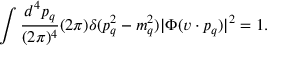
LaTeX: \int { \frac { d ^ { 4 } p _ { q } } { ( 2 \pi ) ^ { 4 } } } ( 2 \pi ) \delta ( p _ { q } ^ { 2 } - m _ { q } ^ { 2 } ) | \Phi ( v \cdot p _ { q } ) | ^ { 2 } = 1 .